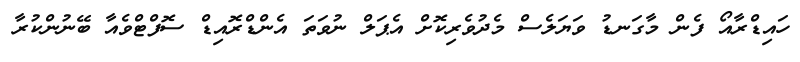
ހައިޑްރާއޯ ފެން މާގަނޑު ވަޔަލެސް މެދުވެރިކޮށް އެޕަލް ނުވަތަ އެންޑްރޮއިޑް ސޮފްޓްވެއާ ބޭނުންކުރާ